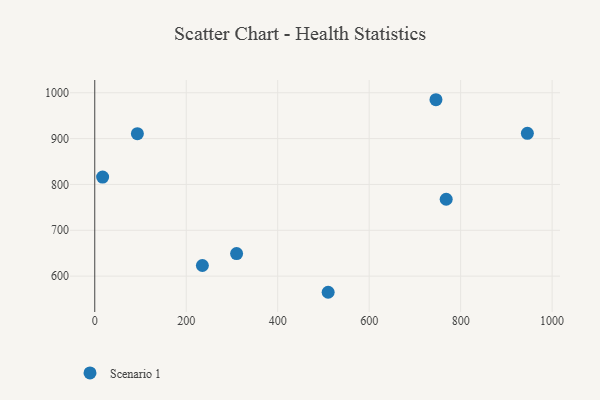
{"axis": {"x": "Ad Spend", "y": "Rating"}, "legend": ["Scenario 1"], "data": [{"x": "510.3", "y": 564.8, "type": "Scenario 1"}, {"x": "93.2", "y": 910.7, "type": "Scenario 1"}, {"x": "310.1", "y": 649.2, "type": "Scenario 1"}, {"x": "235.3", "y": 623.2, "type": "Scenario 1"}, {"x": "746.0", "y": 984.8, "type": "Scenario 1"}, {"x": "945.9", "y": 911.6, "type": "Scenario 1"}, {"x": "17.2", "y": 816.0, "type": "Scenario 1"}, {"x": "768.4", "y": 767.7, "type": "Scenario 1"}]}